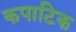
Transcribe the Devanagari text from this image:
कपाटिक